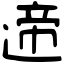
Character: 遆